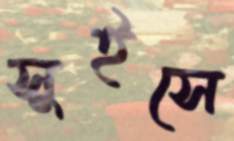
সুইসে